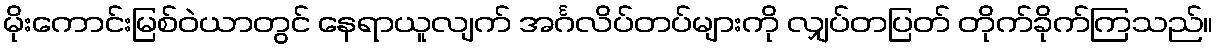
မိုးကောင်းမြစ်ဝဲယာတွင် နေရာယူလျက် အင်္ဂလိပ်တပ်များကို လျှပ်တပြတ် တိုက်ခိုက်ကြသည်။